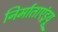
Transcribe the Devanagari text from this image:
निर्माताएंड्रयू